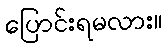
ပြောင်းရမလား။